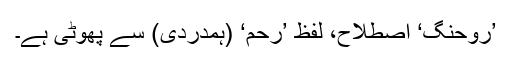
’روحنگ‘ اصطلاح، لفظ ’رحم‘ (ہمدردی) سے پھوٹی ہے۔